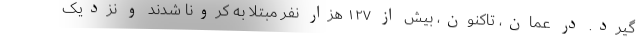
گیرد. در عمان، تاکنون، بیش از ۱۲۷ هزار نفر مبتلا به کرونا شدند و نزدیک